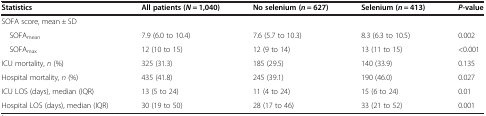
<table><thead><tr><td><b>Statistics</b></td><td><b>All patients (<i>N</i> = 1,040)</b></td><td><b>No selenium (<i>n</i> = 627)</b></td><td><b>Selenium (<i>n</i> = 413)</b></td><td><b><i>P</i>-value</b></td></tr></thead><tbody><tr><td>SOFA score, mean ± SD</td><td> </td><td> </td><td> </td><td> </td></tr><tr><td> SOFA<sub>mean</sub></td><td>7.9 (6.0 to 10.4)</td><td>7.6 (5.7 to 10.3)</td><td>8.3 (6.3 to 10.5)</td><td>0.002</td></tr><tr><td> SOFA<sub>max</sub></td><td>12 (10 to 15)</td><td>12 (9 to 14)</td><td>13 (11 to 15)</td><td>&lt;0.001</td></tr><tr><td>ICU mortality, <i>n</i> (%)</td><td>325 (31.3)</td><td>185 (29.5)</td><td>140 (33.9)</td><td>0.135</td></tr><tr><td>Hospital mortality, <i>n</i> (%)</td><td>435 (41.8)</td><td>245 (39.1)</td><td>190 (46.0)</td><td>0.027</td></tr><tr><td>ICU LOS (days), median (IQR)</td><td>13 (5 to 24)</td><td>11 (4 to 24)</td><td>15 (6 to 24)</td><td>0.01</td></tr><tr><td>Hospital LOS (days), median (IQR)</td><td>30 (19 to 50)</td><td>28 (17 to 46)</td><td>33 (21 to 52)</td><td>0.001</td></tr></tbody></table>